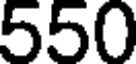
550